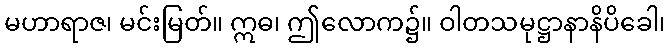
မဟာရာဇ၊ မင်းမြတ်။ ဣဓ၊ ဤလောက၌။ ဝါတသမုဋ္ဌာနာနိပိခေါ၊